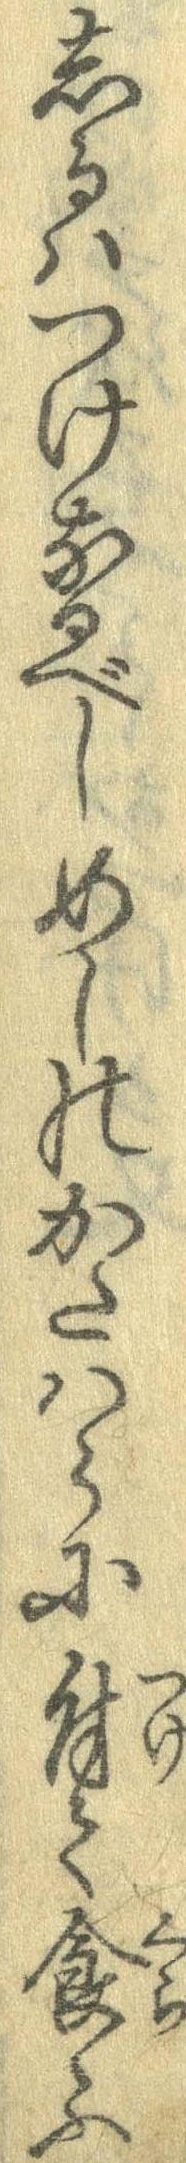
しるはつけなるべしめしのかたはらに付て食ふ